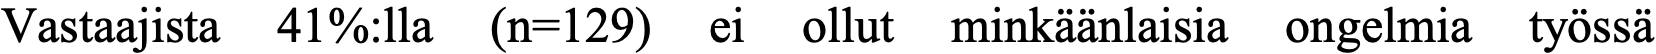
Vastaajista 41%:lla (n=129) ei ollut minkäänlaisia ongelmia työssä